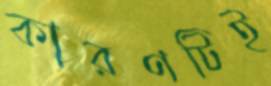
কারণটিই